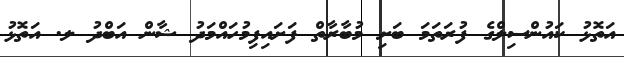
އަތޮޅު ކައުންސިލްގެ ފުރަތަމަ ބަށި މުބާރާތް ފަށައިފިމުހައްމަދު ޝާން އަބްދު ލ. އަތޮޅު